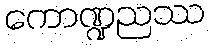
ကောဏ္ဍညဿ